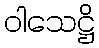
ဝါသေဋ္ဌိ